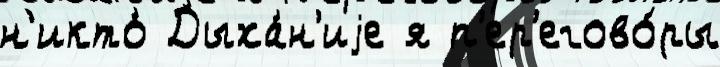
н'икто́ Дыха́н'иjе я п'ер'егово́ры